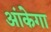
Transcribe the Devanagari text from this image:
आंकेगा